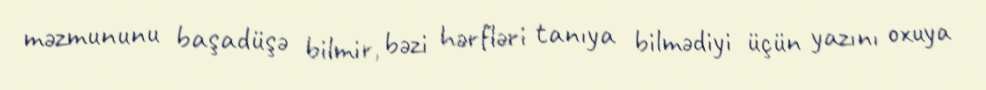
məzmununu başadüşə bilmir, bəzi hərfləri tanıya bilmədiyi üçün yazını oxuya